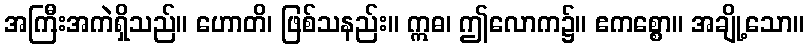
အကြီးအကဲရှိသည်။ ဟောတိ၊ ဖြစ်သနည်း။ ဣဓ၊ ဤလောက၌။ ဧကစ္စော။ အချို့သော။